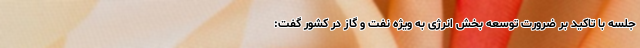
جلسه با تاکید بر ضرورت توسعه بخش انرژی به ویژه نفت و گاز در کشور گفت: